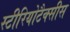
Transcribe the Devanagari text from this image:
स्टीरियोटैक्सीस